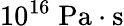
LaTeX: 10^{16}\; \mathrm{Pa\cdot s}